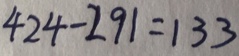
4 2 4 - 2 9 1 = 1 3 3